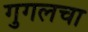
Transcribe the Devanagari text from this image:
गुगलचा